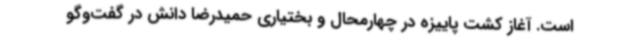
است. آغاز کشت پاییزه در چهارمحال و بختیاری حمیدرضا دانش در گفت‌وگو